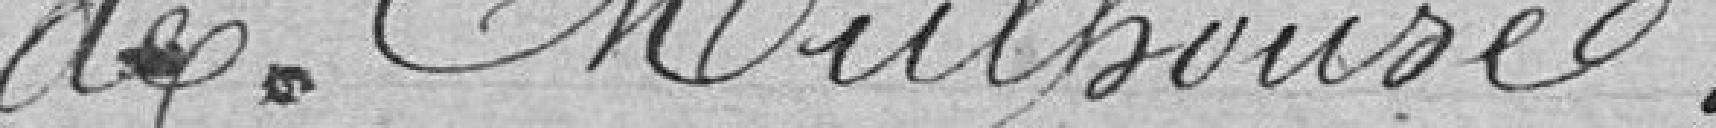
de Mulhouse.